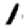
Digit: 1